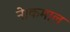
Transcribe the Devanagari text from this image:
ने।कमाल